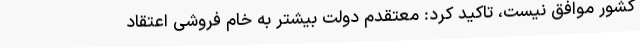
کشور موافق نیست، تاکید کرد: معتقدم دولت بیشتر به خام فروشی اعتقاد